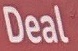
Deal